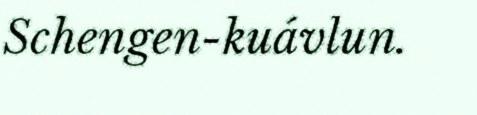
Schengen-kuávlun.